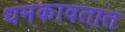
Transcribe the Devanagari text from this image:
धमकावतात